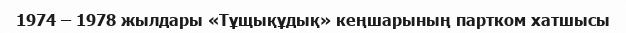
1974 – 1978 жылдары «Тұщықұдық» кеңшарының партком хатшысы